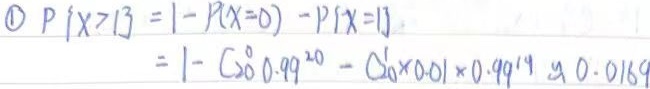
\textcircled{1} \(P\{X > 1\}=1 - P\{X = 0\}-P\{X = 1\}=1 - C_{20}^{0}0.99^{20}-C_{20}^{1}\times0.01\times0.99^{19}\approx0.0169\)